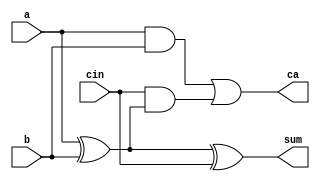
module Full_adder (a,b,cin,sum, ca);
input a, b, cin;
output sum, ca;
	assign sum = a ^ b ^ cin;
	assign ca  = a&b | cin&(a ^ b);
endmodule